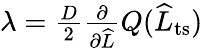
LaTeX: \begin{array}{r}{\lambda=\frac{D}{2}\frac{\partial}{\partial\widehat{L}}Q(\widehat{L}_{\mathrm{ts}})}\end{array}